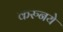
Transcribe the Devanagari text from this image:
करुनये